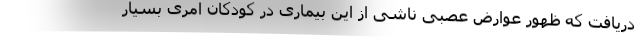
دریافت که ظهور عوارض عصبی ناشی از این بیماری در کودکان امری بسیار